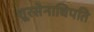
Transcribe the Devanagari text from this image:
शूरसेनाधिपति